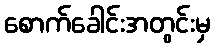
စောက်ခေါင်းအတွင်းမှ